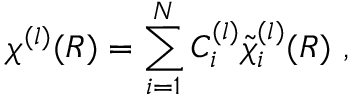
\chi ^ { ( l ) } ( R ) = \sum _ { i = 1 } ^ { N } C _ { i } ^ { ( l ) } { \tilde { \chi } } _ { i } ^ { ( l ) } ( R ) \ ,